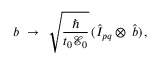
b ~ \to ~ \sqrt { \frac { \hbar } { t _ { 0 } { \mathcal E } _ { 0 } } } \, ( \hat { I } _ { p q } \otimes \, \hat { b } ) \, ,